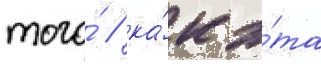
того́ / ка́к э́та